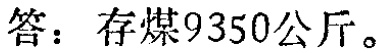
答：存煤9350公斤。